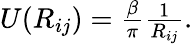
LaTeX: \begin{array}{r}{U(R_{ij})=\frac{\beta}{\pi}\frac{1}{R_{ij}}.}\end{array}